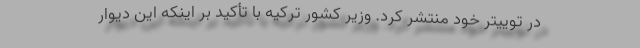
در توییتر خود منتشر کرد. وزیر کشور ترکیه با تأکید بر اینکه این دیوار